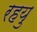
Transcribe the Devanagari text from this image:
रहयु